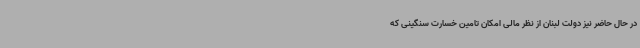
در حال حاضر نیز دولت لبنان از نظر مالی امکان تامین خسارت سنگینی که